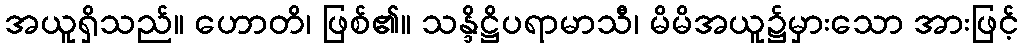
အယူရှိသည်။ ဟောတိ၊ ဖြစ်၏။ သန္ဒိဋ္ဌိပရာမာသီ၊ မိမိအယူ၌မှားသော အားဖြင့်